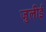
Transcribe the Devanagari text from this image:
जुलीई